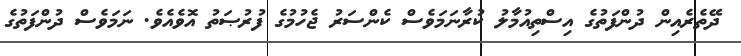
ދޭތެރެއިން ދުންފަތުގެ އިސްތިއުމާލު ކުރާނަމަވެސް ކެންސަރު ޖެހުމުގެ ފުރުޞަތު އޮވެއެވެ. ނަމަވެސް ދުންފަތުގެ